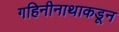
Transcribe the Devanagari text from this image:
गहिनीनाथाकडून